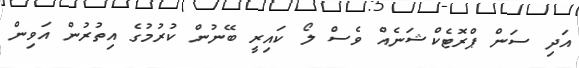
އަދި ސަން ޕްރޮޓެކްޝަނެއް ވެސް ލޯ ކައިރީ ބޭނުން ކުރުމުގެ އިތުރުން އަވިން